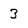
Character: 3